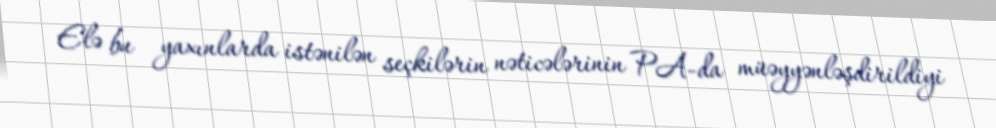
Elə bu yaxınlarda istənilən seçkilərin nəticələrinin PA-da müəyyənləşdirildiyi